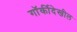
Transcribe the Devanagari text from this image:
गॉर्कीदेखील